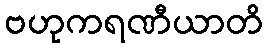
ဗဟုကရဏီယာတိ